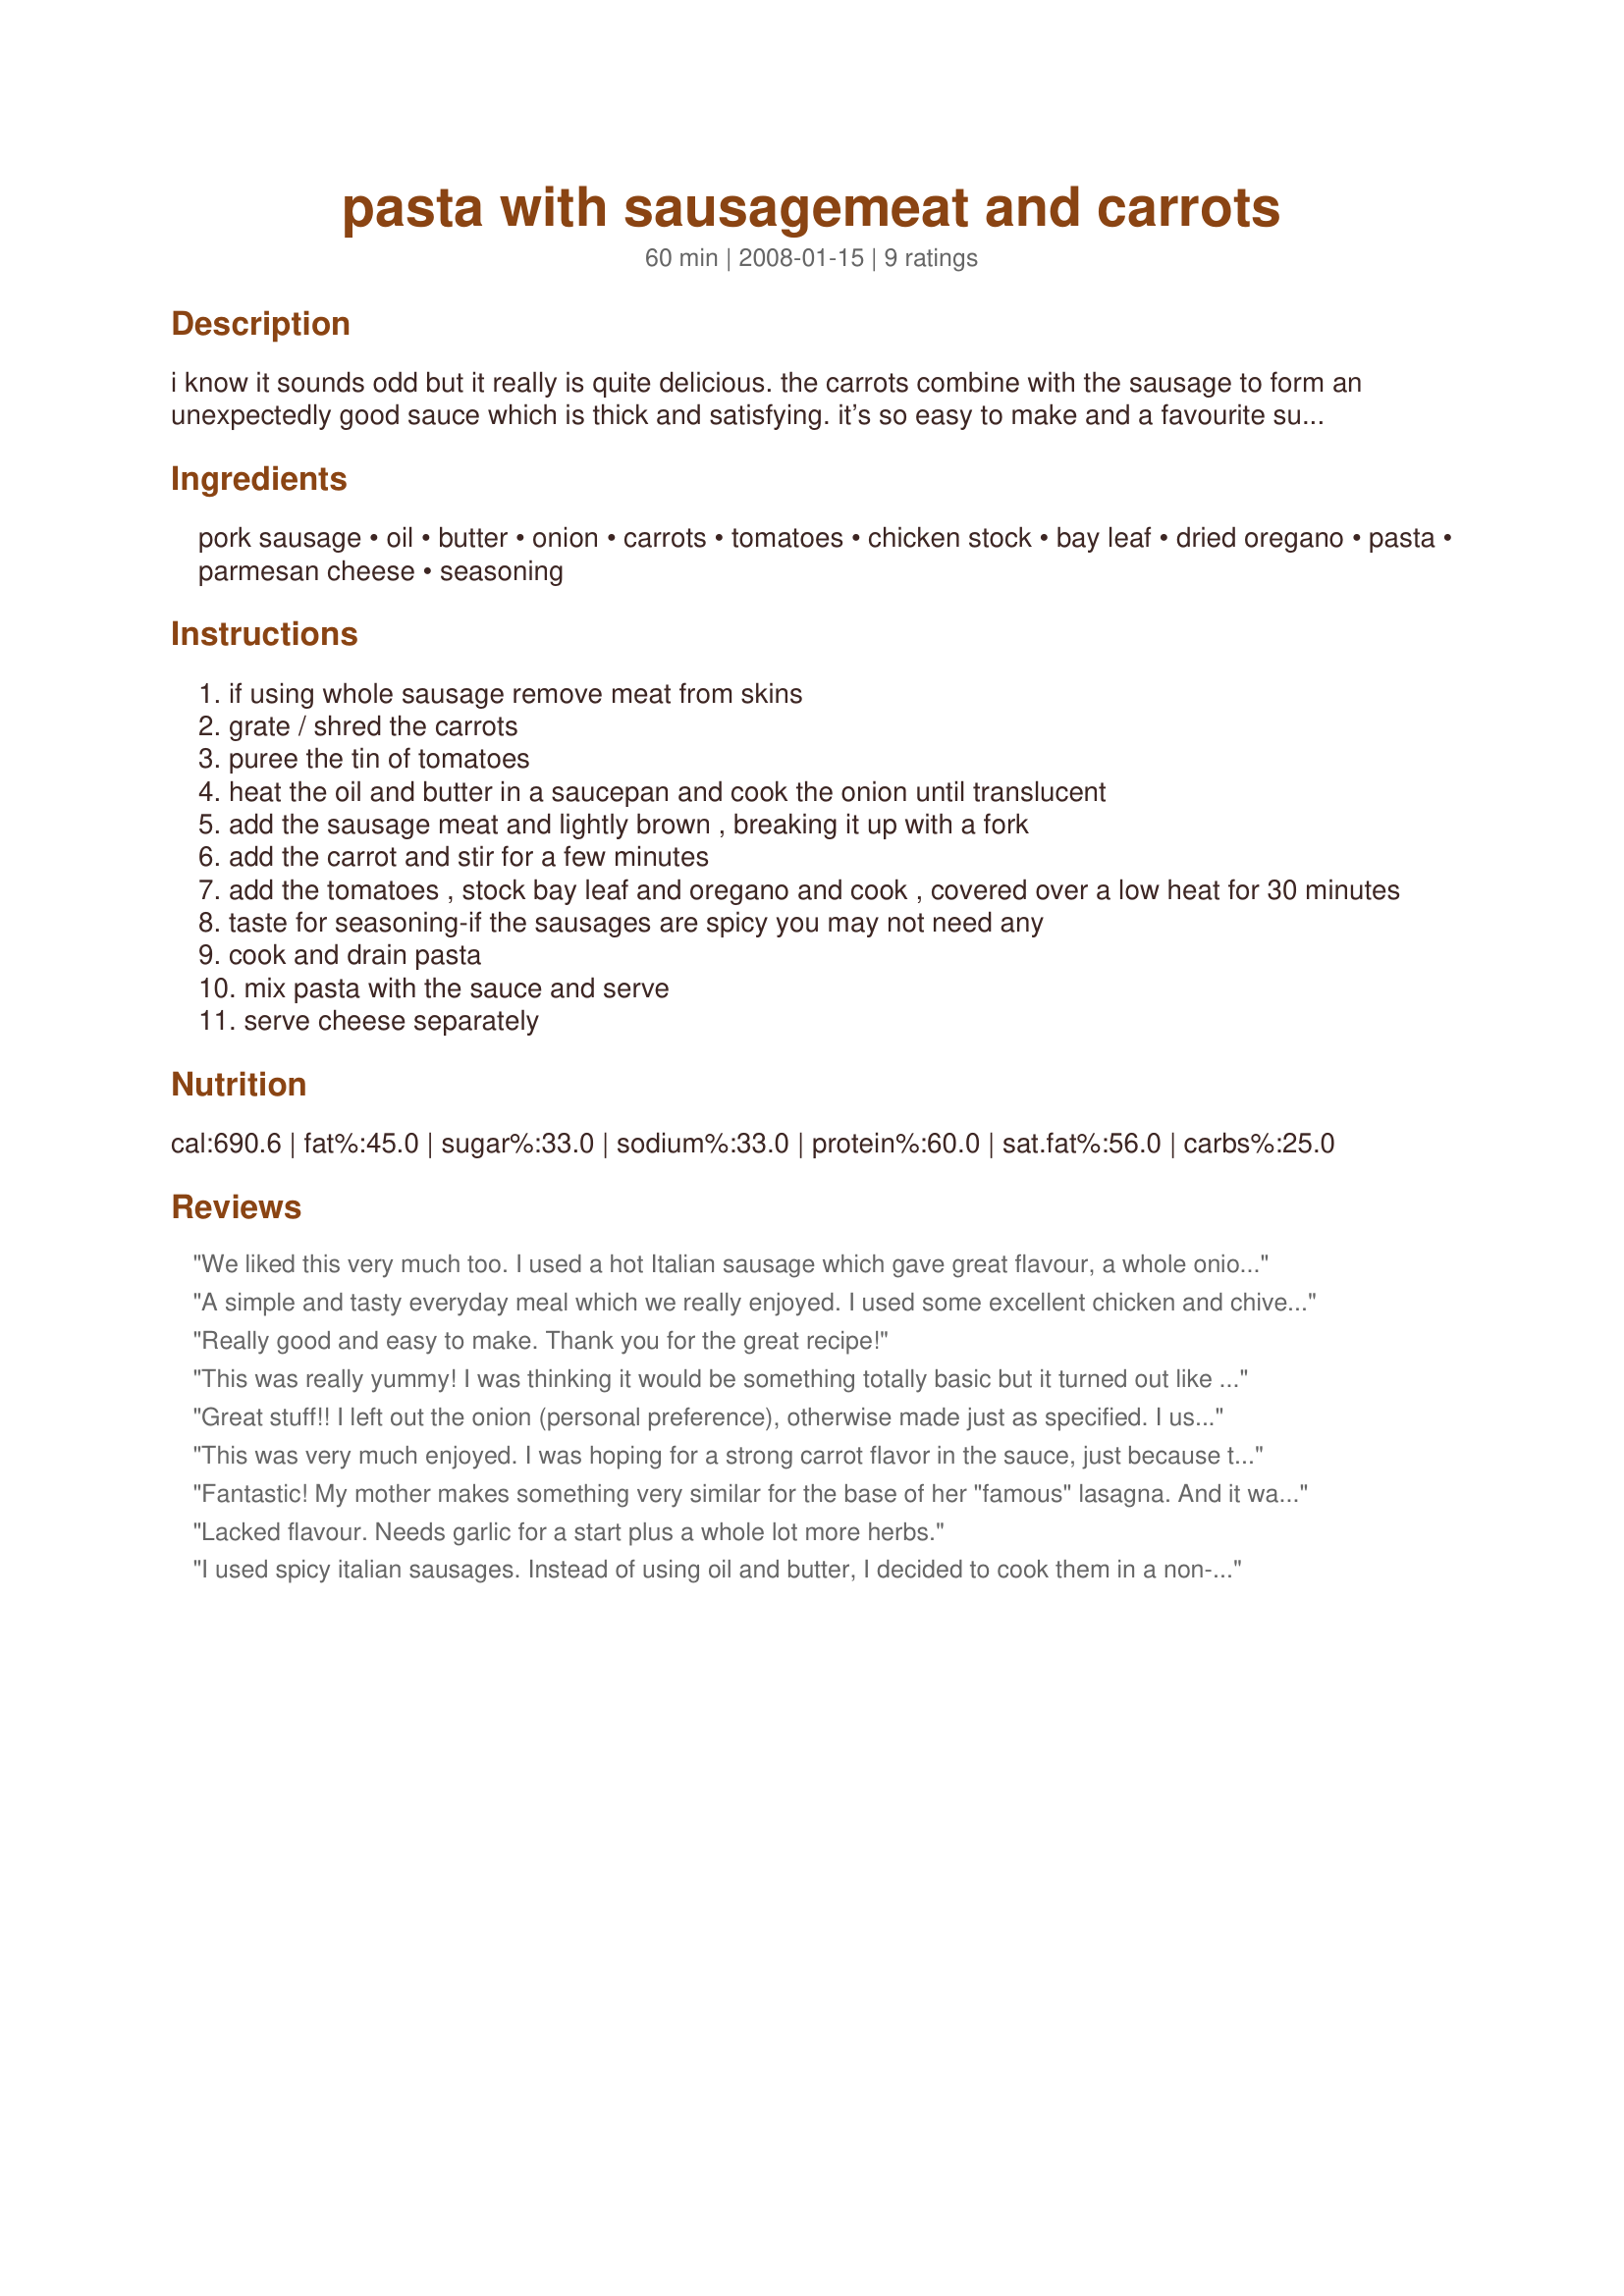
pasta with sausagemeat and carrots
Preparation time: 60 minutes

i know it sounds odd but it really is quite delicious. the carrots combine with the sausage to form an unexpectedly good sauce which is thick and satisfying. it’s so easy to make and a favourite supper dish in our house-even the kids love it! use the best sausage you can-it makes a difference! this dish freezes really well and keeps in the fridge for up to 3 days!

Ingredients:
pork sausage, oil, butter, onion, carrots, tomatoes, chicken stock, bay leaf, dried oregano, pasta, parmesan cheese, seasoning

Steps:
if using whole sausage remove meat from skins
grate / shred the carrots
puree the tin of tomatoes
heat the oil and butter in a saucepan and cook the onion until translucent
add the sausage meat and lightly brown , breaking it up with a fork
add the carrot and stir for a few minutes
add the tomatoes , stock bay leaf and oregano and cook , covered over a low heat for 30 minutes
taste for seasoning-if the sausages are spicy you may not need any
cook and drain pasta
mix pasta with the sauce and serve
serve cheese separately

Reviews:
We liked this very much too. I used a hot Italian sausage which gave great flavour, a whole onion, fire roasted tomatoes, and also 2 cloves of garlic (love garlic). I will make it with these minor changes again.
A simple and tasty everyday meal which we really enjoyed. I used some excellent chicken and chive sausages and added 3 cloves of garlic and one leek and I used the whole onion; we really like the taste of those three together. I also added a few more herbs, namely rosemary and sage which I have in a mini grinder and which I'm using in practically everything I make - well the savoury dishes. ;) I used 1/2 a dozen baby carrots which I shredded in my mini processor. They are always so deliciously sweet. I used 1/2 white wine and 1/2 chicken stock. All the flavours blended so beautifully making this a very satisfying dish which would be particularly appealing on a cold winter's night. Thank you for sharing this recipe, Noo! Made for PRMR.
Really good and easy to make. Thank you for the great recipe!
This was really yummy! I was thinking it would be something totally basic but it turned out like something I actually put effort into! LOL I used honey garlic sausage, skipped the butter, used beef stock, crushed bay leaves and thin sliced carrots instead of shredded. Kids loved it too and asked for seconds! I'm excited to make this as a freezer meal too!
Great stuff!! I left out the onion (personal preference), otherwise made just as specified. I used sweet Italian sausage and the flavor paired wonderfully with the carrots and herbs. After I cooked the pasta I added it to the pan with the sauce, turned up the heat, and let it bubble a few minutes to thicken the sauce even more. We really enjoyed this easy and delicious dish - thanks for sharing your recipe!
This was very much enjoyed. I was hoping for a strong carrot flavor in the sauce, just because that would be so different and unique, but the sauce only had a mild carrot flavor. It was still quite good though- much better than traditional tomato-based sauces, which I&#039;m pretty bored of. I accidently bought cooked sausage, but it still turned out fine. Added double the amount of stock because my carrots were huge, and a 1/2 teaspoon of fennel seed.
Fantastic!
My mother makes something very similar for the base of her "famous" lasagna.
And it was also the base of my grandmother's bolognese.
Lacked flavour. Needs garlic for a start plus a whole lot more herbs.
I used spicy italian sausages. Instead of using oil and butter, I decided to cook them in a non-stick skillet, then I added the onion and followed the recipe. I used fresh ripe tomatoes so there was a bit too much liquid. I was out of chicken stock or any stock, so I used only water. I used 1 small onion. Thanks Noo :) Made for Gimme 5 tag game
